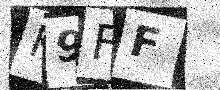
Text: K9FF